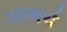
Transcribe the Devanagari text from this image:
अस्मर्थ